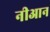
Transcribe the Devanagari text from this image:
नीआन